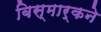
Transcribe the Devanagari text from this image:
बिस्मार्कने